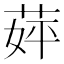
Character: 𬝈